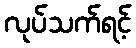
လုပ်သက်ရင့်